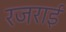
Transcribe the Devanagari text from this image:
रजराई